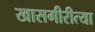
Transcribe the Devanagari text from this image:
खासगीरीत्या